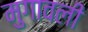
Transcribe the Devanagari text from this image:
मुगावली